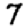
Digit: 7